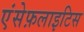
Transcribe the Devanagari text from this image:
एंसेफ़लाइटिस